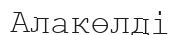
Алакөлді